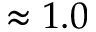
\approx 1 . 0